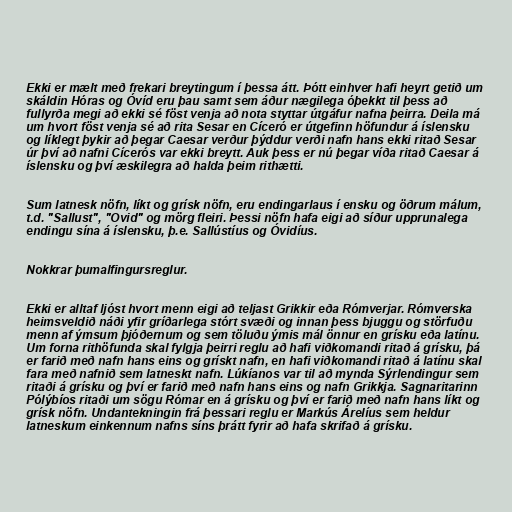
Ekki er mælt með frekari breytingum í þessa átt. Þótt einhver hafi heyrt getið um
skáldin Hóras og Óvíd eru þau samt sem áður nægilega óþekkt til þess að
fullyrða megi að ekki sé föst venja að nota styttar útgáfur nafna þeirra. Deila má
um hvort föst venja sé að rita Sesar en Cíceró er útgefinn höfundur á íslensku
og líklegt þykir að þegar Caesar verður þýddur verði nafn hans ekki ritað Sesar
úr því að nafni Cícerós var ekki breytt. Auk þess er nú þegar víða ritað Caesar á
íslensku og því æskilegra að halda þeim rithætti.

Sum latnesk nöfn, líkt og grísk nöfn, eru endingarlaus í ensku og öðrum málum,
t.d. "Sallust", "Ovid" og mörg fleiri. Þessi nöfn hafa eigi að síður upprunalega
endingu sína á íslensku, þ.e. Sallústíus og Óvidíus.

Nokkrar þumalfingursreglur.

Ekki er alltaf ljóst hvort menn eigi að teljast Grikkir eða Rómverjar. Rómverska
heimsveldið náði yfir gríðarlega stórt svæði og innan þess bjuggu og störfuðu
menn af ýmsum þjóðernum og sem töluðu ýmis mál önnur en grísku eða latínu.
Um forna rithöfunda skal fylgja þeirri reglu að hafi viðkomandi ritað á grísku, þá
er farið með nafn hans eins og grískt nafn, en hafi viðkomandi ritað á latínu skal
fara með nafnið sem latneskt nafn. Lúkíanos var til að mynda Sýrlendingur sem
ritaði á grísku og því er farið með nafn hans eins og nafn Grikkja. Sagnaritarinn
Pólýbíos ritaði um sögu Rómar en á grísku og því er farið með nafn hans líkt og
grísk nöfn. Undantekningin frá þessari reglu er Markús Árelíus sem heldur
latneskum einkennum nafns síns þrátt fyrir að hafa skrifað á grísku.